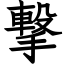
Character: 撃